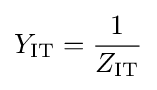
Y_{\mathrm {IT} }={1 \over Z_{\mathrm {IT} }}